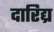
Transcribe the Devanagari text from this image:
दारिद्य्र